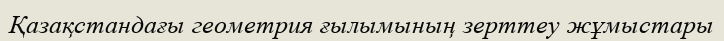
Қазақстандағы геометрия ғылымының зерттеу жұмыстары